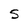
Character: S